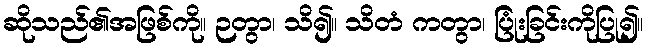
ဆိုသည်၏အဖြစ်ကို။ ဉတွာ၊ သိ၍။ သိတံ ကတွာ၊ ပြုံးခြင်းကိုပြု၍။